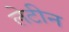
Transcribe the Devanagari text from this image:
लेटीन